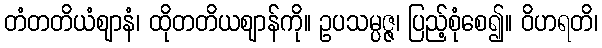
တံတတိယံဈာနံ၊ ထိုတတိယဈာန်ကို။ ဥပသမ္ပဇ္ဇ၊ ပြည့်စုံစေ၍။ ဝိဟရတိ၊